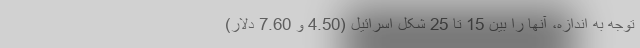
توجه به اندازه، آنها را بین 15 تا 25 شِکِل اسرائیل (4.50 و 7.60 دلار)